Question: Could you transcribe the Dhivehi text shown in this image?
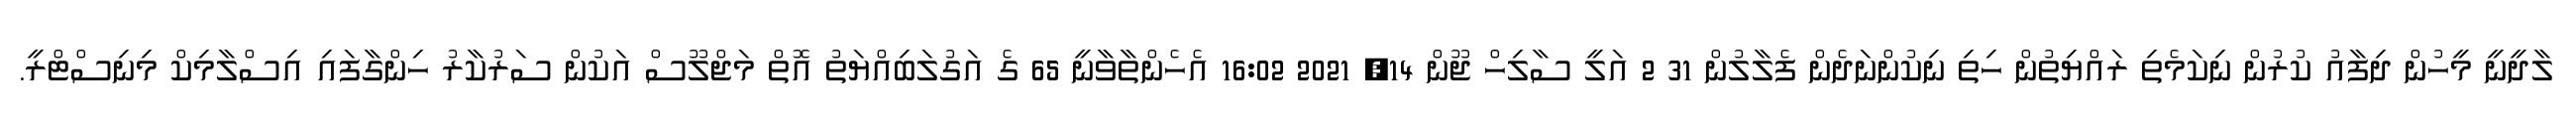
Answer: ލާދީނީ މީހުން ދިފާއު ކުރުން ނިކަމެތި ރައްޔިތުން ހިތި ނިކުންނަދެން ފެލާލުން 31 2 އަލީ ސާލިހް ޖޫން 14, 2021 16:02 އެހެންތާވާނީ 65 ގެ އަގުލަބިއްޔަތު އޮތް މަޖްލޫސް އަކުން ސަރުކާރު ހިންގާފައި އިސްލާމިކް މިނިސްޓްރީ.